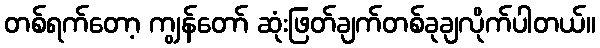
တစ်ရက်တော့ ကျွန်တော် ဆုံးဖြတ်ချက်တစ်ခုချလိုက်ပါတယ်။